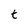
Character: t